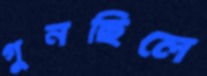
গুনছিলে